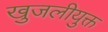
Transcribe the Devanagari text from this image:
खुजलीयुक्त